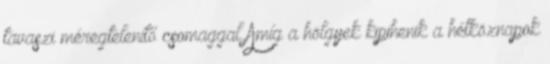
tavaszi méregtelenítő csomaggal Amíg a hölgyek kipihenik a hétköznapok